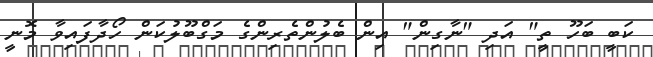
ކަބީ ބަހޫ ތީ" އަދި "ނާގިން" އިން ބެލުންތެރިންގެ މަގްބޫލުކަން ހޯދާފައިވާ މޮނީ